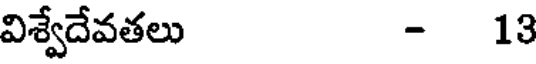
విశ్వేదేవతలు - 13